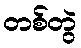
တစ်တွဲ